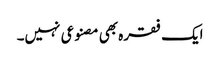
ایک فقرہ بھی مصنوعی نہیں۔